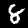
Label: 8